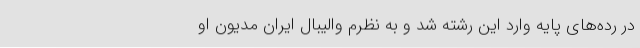
در رده‌های پایه وارد این رشته شد و به نظرم والیبال ایران مدیون او